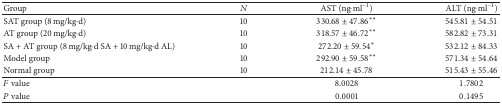
| Group | N | AST (ng·ml−1) | ALT (ng·ml−1) |
 | --- | --- | --- | --- |
 | SAT group (8 mg/kg·d) | 10 | 330.68 ± 47.86∗∗ | 545.81 ± 54.51 |
 | AT group (20 mg/kg·d) | 10 | 318.57 ± 46.72∗∗ | 582.82 ± 73.31 |
 | SA + AT group (8 mg/kg·d SA + 10 mg/kg·d AL) | 10 | 272.20 ± 59.54∗ | 532.12 ± 84.33 |
 | Model group | 10 | 292.90 ± 59.58∗∗ | 571.34 ± 54.64 |
 | Normal group | 10 | 212.14 ± 45.78 | 515.43 ± 55.46 |
 | F value |  | 8.0028 | 1.7802 |
 | P value |  | 0.0001 | 0.1495 |